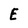
Character: E